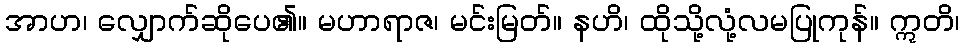
အာဟ၊ လျှောက်ဆိုပေ၏။ မဟာရာဇ၊ မင်းမြတ်။ နဟိ၊ ထိုသို့လုံ့လမပြုကုန်။ ဣတိ၊